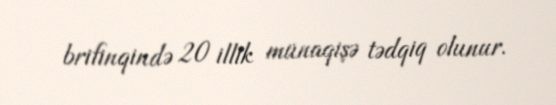
brifinqində 20 illik münaqişə tədqiq olunur.